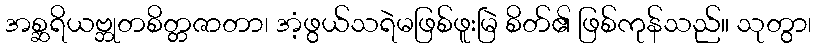
အစ္ဆရိယဗ္ဘုတစိတ္တဇာတာ၊ အံ့ဖွယ်သရဲမဖြစ်ဖူးမြဲ စိတ်၏ ဖြစ်ကုန်သည်။ သုတွာ၊